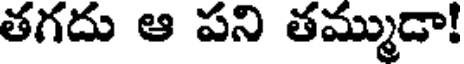
తగదు ఆ పని తమ్ముడా!